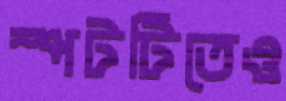
স্পটটিতেও